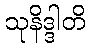
သုနိဒ္ဒါတိ